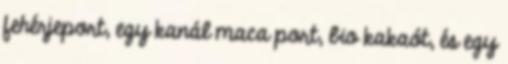
fehérjeport, egy kanál maca port, bio kakaót, és egy